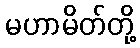
မဟာမိတ်တို့